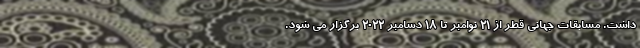
داشت. مسابقات جهانی قطر از ۲۱ نوامبر تا ۱۸ دسامبر ۲۰۲۲ برگزار می شود.